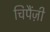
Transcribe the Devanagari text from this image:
चिपैंज़ी